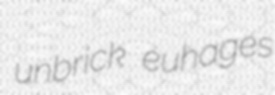
unbrick euhages